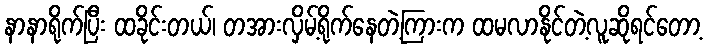
နာနာရိုက်ပြီး ထခိုင်းတယ်၊ တအားလှိမ့်ရိုက်နေတဲ့ကြားက ထမလာနိုင်တဲ့လူဆိုရင်တော့